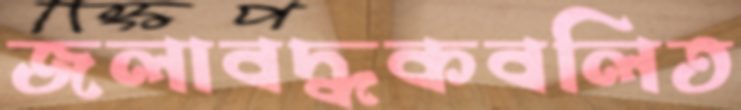
জলাবদ্ধকবলিত